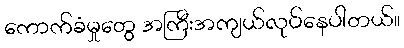
ကောက်ခံမှုတွေ အကြီးအကျယ်လုပ်နေပါတယ်။